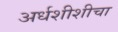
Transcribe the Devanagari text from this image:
अर्धशीशीचा